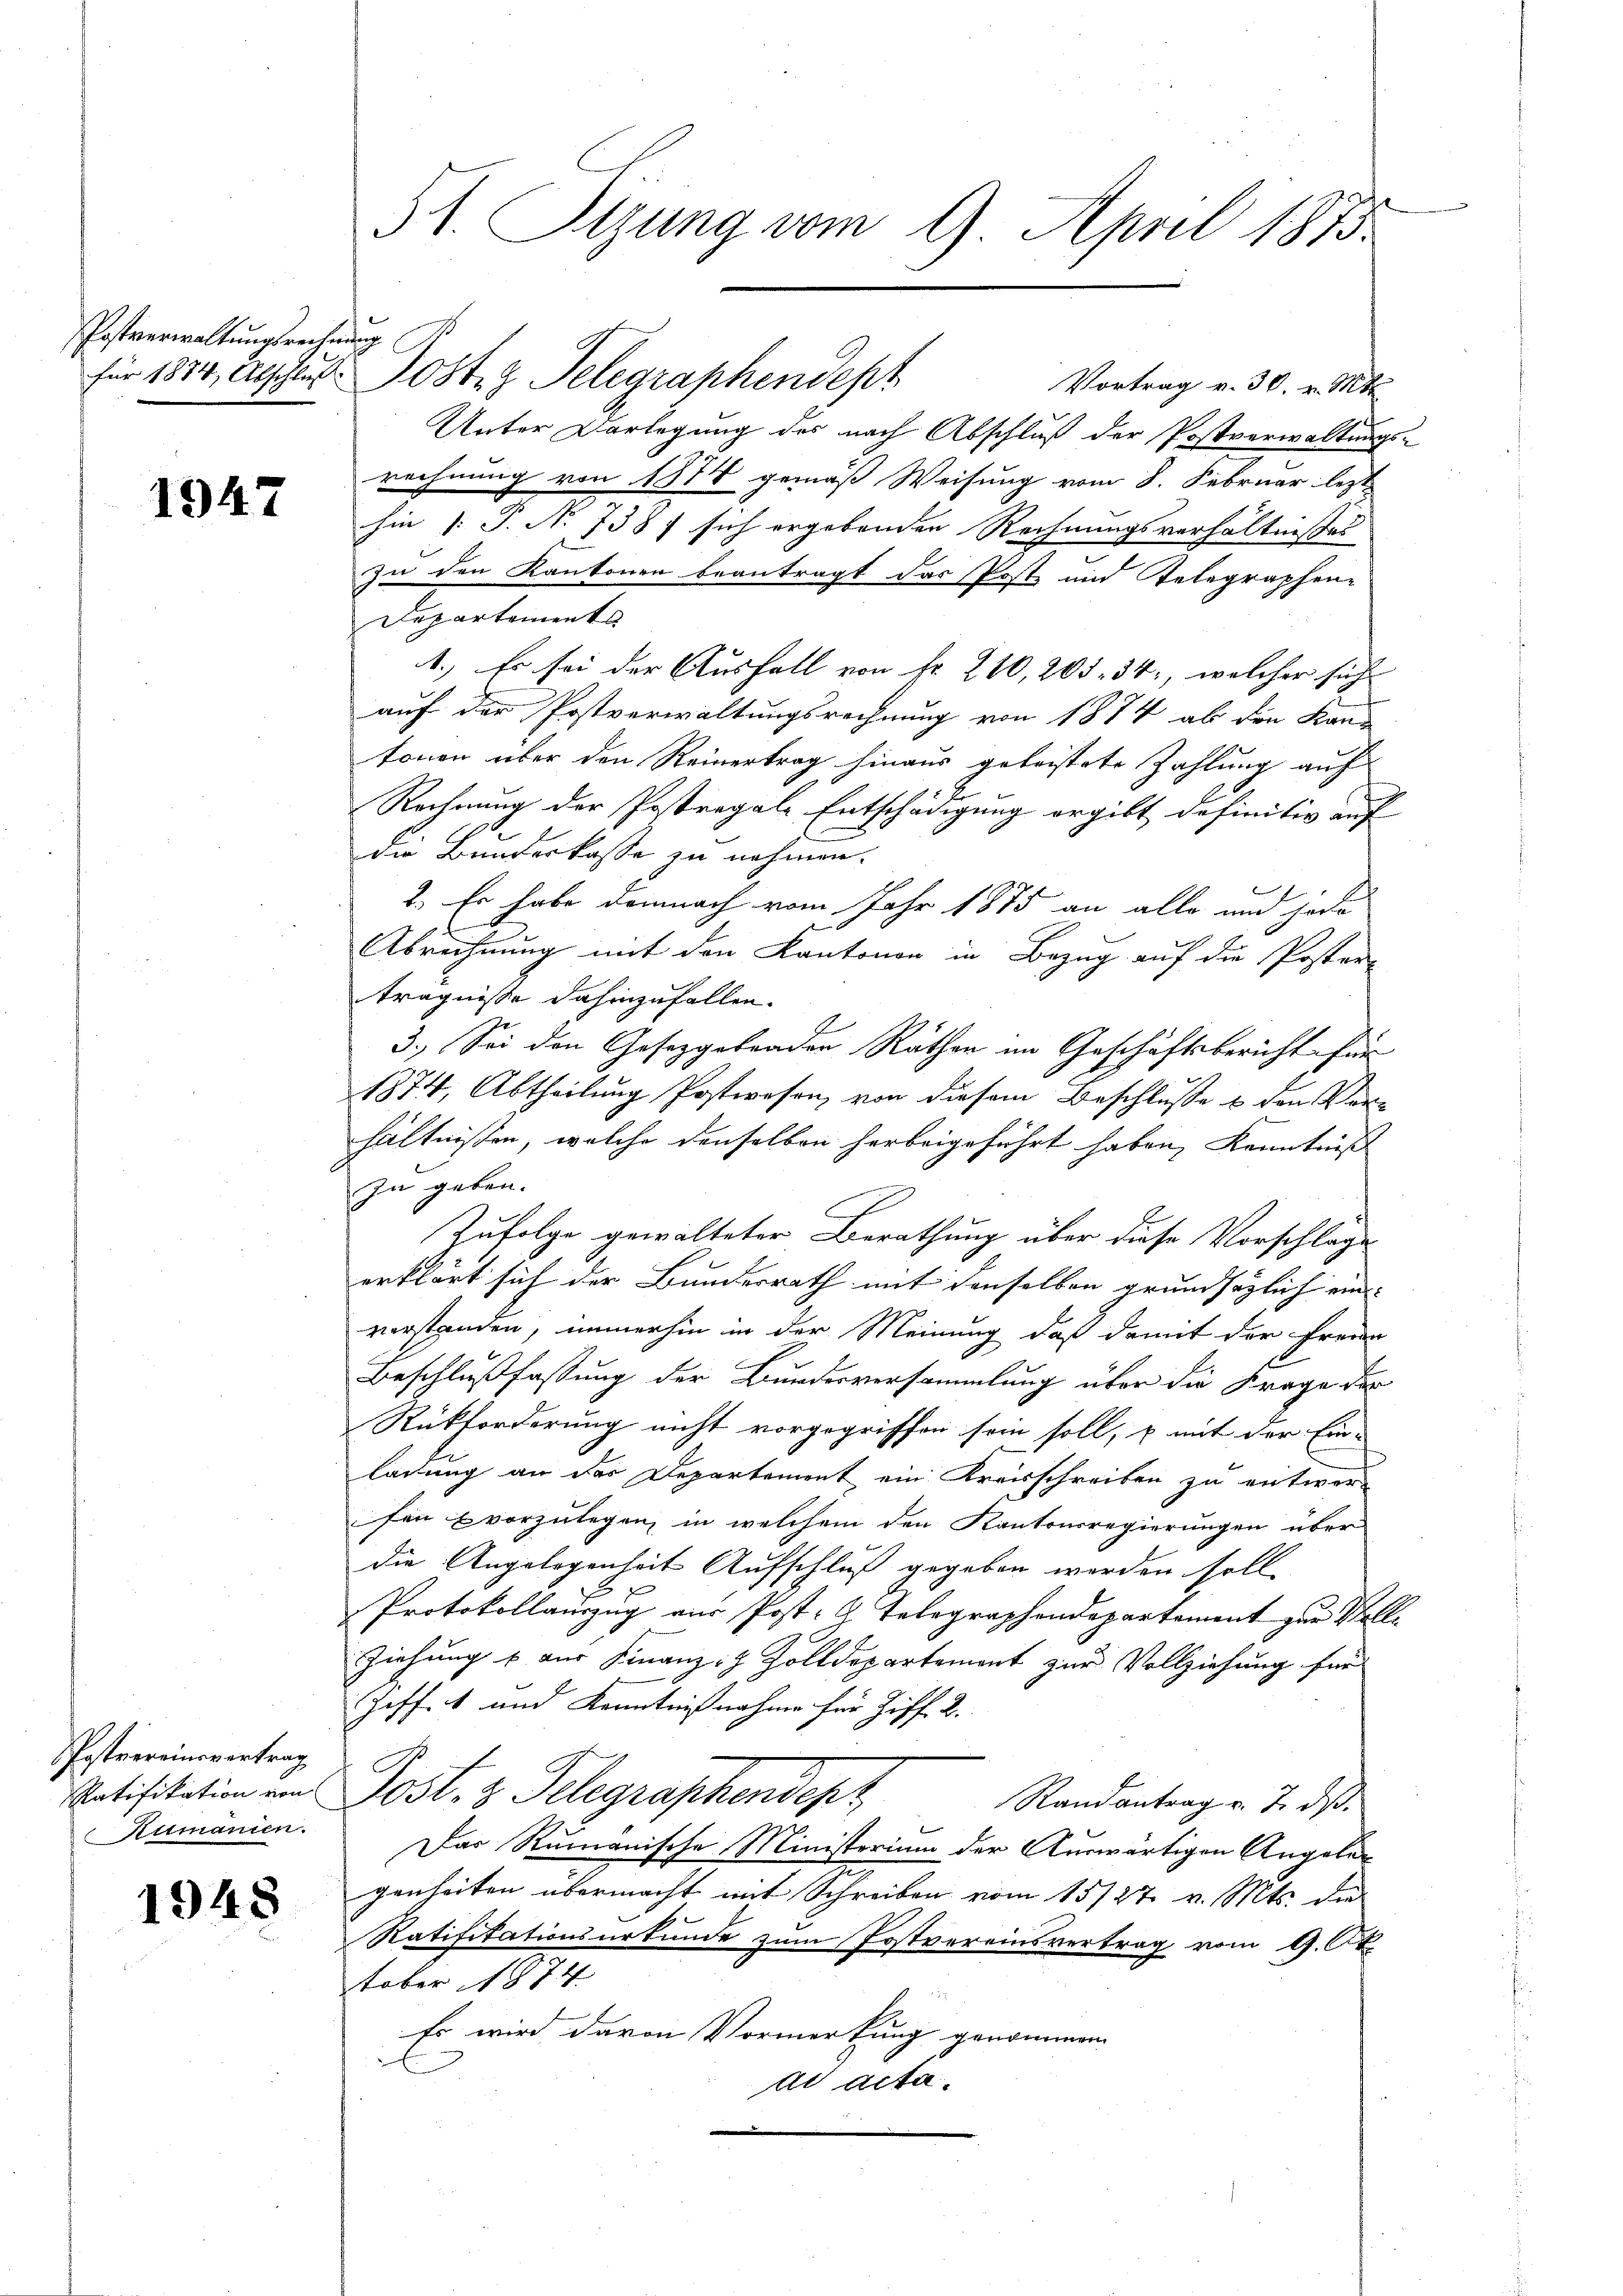
Postverwaltungsrechnung

1947

Postvereinsvertrag
umanien.

1948

31. Sizung vom 9. April 1873.

für 1881, Abschluss. Post Telegraphendept
Vortrag v. 30. v. Mtt.
Unter Vorlegung des nach Abschluß der Postverwaltungs-
rechnung von 1874 gemäß Weisung vom 8. Februar lezt
hin |: P. No 738 / sich ergebenden Rechnungsverhältnisses
zu den Kantonen beantragt das Postz und Telegraphen-
Departements
1.) Es sei der Ausfall von Fr. 210, 205. 34, welcher sich
auf der Postverwaltungsrechnung von 1874 ab die Kan-
tonen über den Reinertrag hinaus geleistete Zahlung auf
Rechnung der Postregale Entschädigung ergibt definitiv auf
die Bundeskasse zu nehmen.
2. Er habe demnach vom Jahr 1875 an alle und jede
Abrechnung mit den Kantonen in Bezug auf die Poster
trägnisse dahinzufallen.
3.) Sei den Gesetzgebraden Räthen im Geschäftsbericht für
1874, Abtheilung Postwesen, von diesem Beschlusse & den Verhältnissen, welche denselben herbeigeführt haben, Kenntniss
zu geben.
Zufolge gewalteter Berathung über diese Vorschlage
erklärt sich der Bundesrath mit denselben grundsätzlich ein-
verstanden, immerhin in der Meinung, daß damit der Freun
Beschlußfassung der Bundesversammlung über die Frage der
Rückforderung nicht vorgegriffen sein soll, u mit der Einladung an das Departement ein Kreisschreiben zu entwersen vorzulegen, in welchem den Kantonsregierungen über
die Angelegenheit Aufschluß gegeben werden solle
E
Protokollauszug aus Post- & Telegraphendepartement zur Voll¬
Ziehung & aus Finanz- & Zolldepartemont zur Vollziehung für
Hoff. 1 und Kenntnißnahme für Ziff. 2.
Ratifikation von Post. z. Telegraphendepz
Randantrag v. J. daß
Das Rumanische Ministerium der Auswärtigen Angeler
genheiten übermacht mit Schreiben vom 15/27. v. Mts. die
Ratifikationsurkunde zum Postvereinsvertrag vom 9. Ok
stober 1874
Es wird davon Vormerkung genommen.
ad acta.